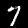
Digit: 7